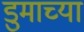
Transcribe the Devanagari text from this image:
डुमाच्या